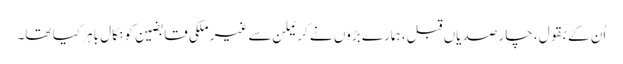
اُن کے بقول، چار صدیاں قبل، ہمارے بڑوں نے کریملن سے غیر ملکی قابضین کو نکال باہر کیا تھا۔